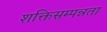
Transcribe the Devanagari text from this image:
शक्तिसम्पन्नता